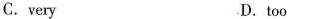
C.very D.too